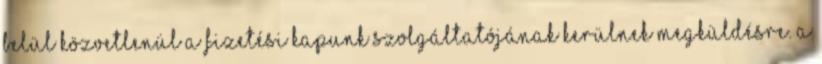
belül közvetlenül a fizetési kapunk szolgáltatójának kerülnek megküldésre. A